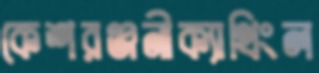
কেশরঞ্জনীক্যাথিংল